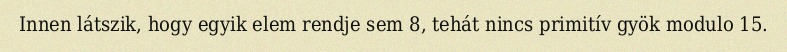
Innen látszik, hogy egyik elem rendje sem 8, tehát nincs primitív gyök modulo 15.